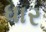
ધાર